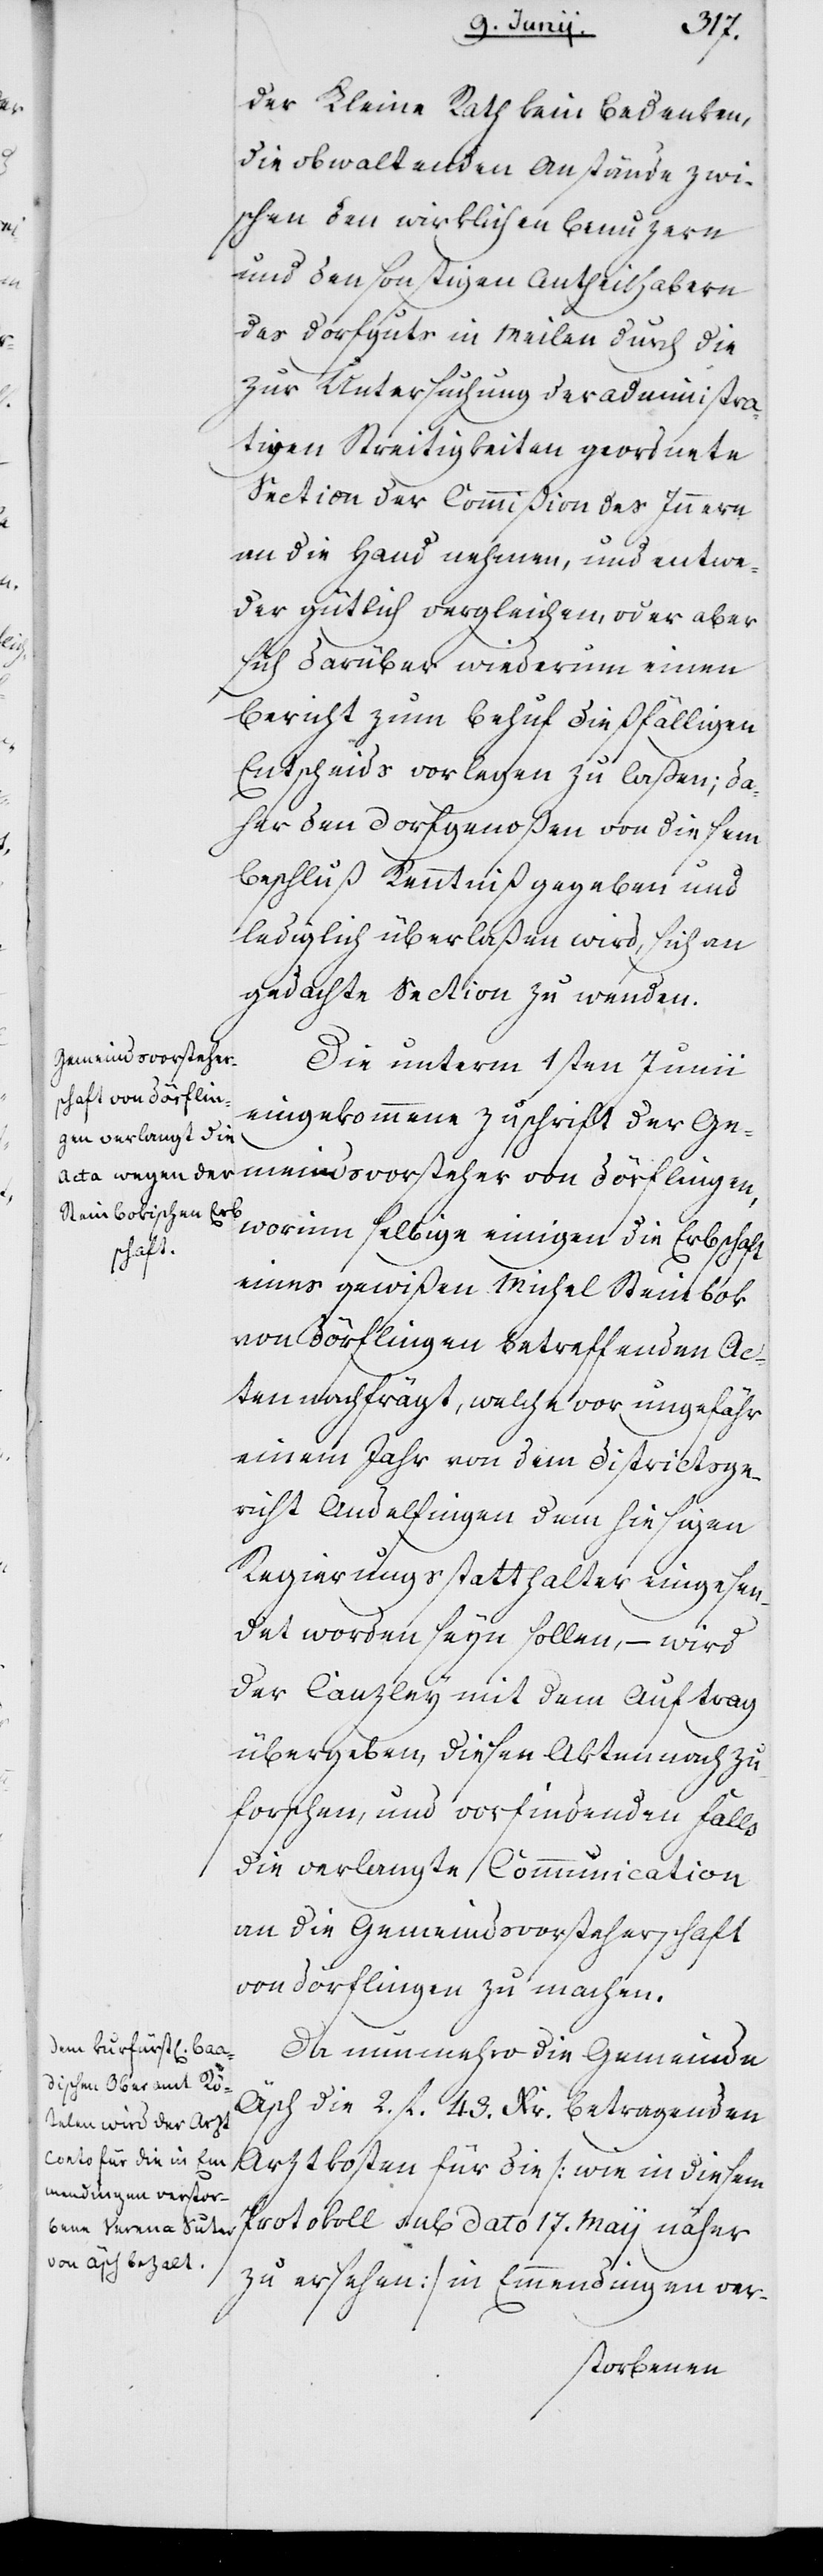
der Kleine Rath kein Bedenken,
die obwaltenden Anstände zwi¬
schen den wirklichen Benuzern
und den sonstigen Antheilhabern
des Dorfguts in Meilen durch die
zur Untersuchung der administra¬
tiven Streitigkeiten geordnete
Section der Commißion des Innern
an die Hand nehmen, und entwe¬
der gütlich vergleichen, oder aber
sich darüber wiederum einen
Bericht zum Behuf dießfälligen
Entscheids vorlegen zu laßen; da¬
her den Dorfgenoßen von diesem
Beschluß Kenntniß gegeben und
lediglich überlaßen wird, sich an
gedachte Section zu wenden.
Die unterm 1sten Junij
eingekommene Zuschrift der Ge¬
meindsvorsteher von Dörflingen,
worinn selbige einigen die Erbschaft
eines gewißen Michel Steinbok
von Dörflingen betreffenden Ac¬
ten nachfrägt, welche vor ungefähr
einem Jahr von dem Distriktsge¬
richt Andelfingen dem hiesigen
Regierungsstatthalter eingesen¬
det worden seyn sollen, – wird
der Kanzley mit dem Auftrag
übergeben, diesen Akten nachzu¬
forschen, und vorfindenden Falls
die verlangte Communication
an die Gemeindsvorsteherschaft
von Dörflingen zu machen.
Da nunmehro die Gemeinde
Äsch die 2. fl. 43. Kr. betragenden
Arztkosten für die (wie in diesem
Protokoll sub dato 17. May näher
zu ersehen) in Emmendingen ver-